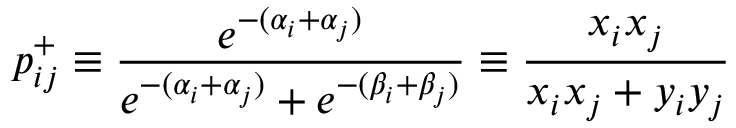
p _ { i j } ^ { + } \equiv \frac { e ^ { - ( \alpha _ { i } + \alpha _ { j } ) } } { e ^ { - ( \alpha _ { i } + \alpha _ { j } ) } + e ^ { - ( \beta _ { i } + \beta _ { j } ) } } \equiv \frac { x _ { i } x _ { j } } { x _ { i } x _ { j } + y _ { i } y _ { j } }